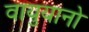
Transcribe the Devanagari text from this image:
वायुयानो